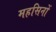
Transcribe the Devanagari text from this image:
महसिनों